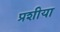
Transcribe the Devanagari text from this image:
प्रशीया